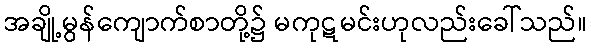
အချို့မွန်ကျောက်စာတို့၌ မကုဋမင်းဟုလည်းခေါ်သည်။